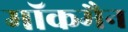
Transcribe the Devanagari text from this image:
मॉकमैन